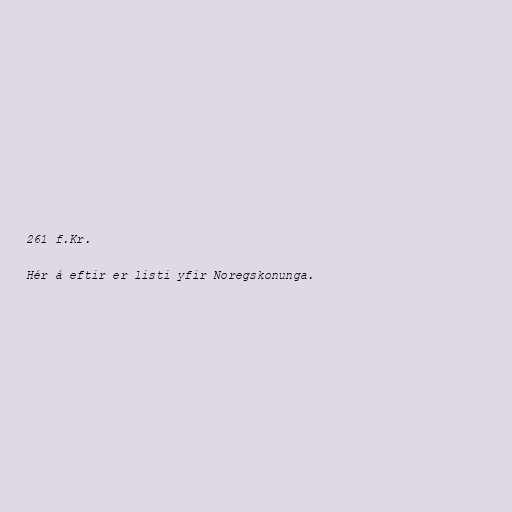
261 f.Kr.

Hér á eftir er listi yfir Noregskonunga.